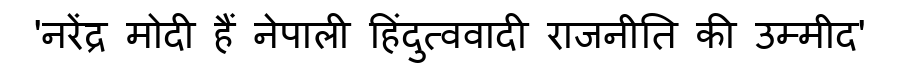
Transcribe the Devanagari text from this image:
'नरेंद्र मोदी हैं नेपाली हिंदुत्ववादी राजनीति की उम्मीद'